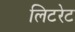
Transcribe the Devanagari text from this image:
लिटरेट